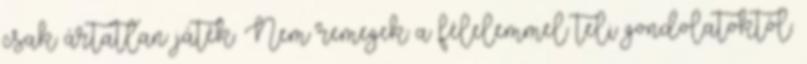
csak ártatlan játék. Nem remegek a félelemmel teli gondolatoktól.